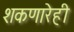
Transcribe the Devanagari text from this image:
शकणारेही